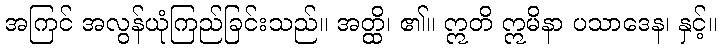
အကြင် အလွန်ယုံကြည်ခြင်းသည်။ အတ္ထိ၊ ၏။ ဣတိ ဣမိနာ ပသာဒေန၊ နှင့်။